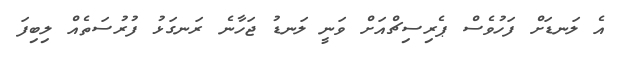
އެ ލަނޑަށް ފަހުވެސް ޕެރިސިޗްއަށް ވަނީ ލަނޑު ޖަހާނެ ރަނގަޅު ފުރުސަތެއް ލިބިފަ